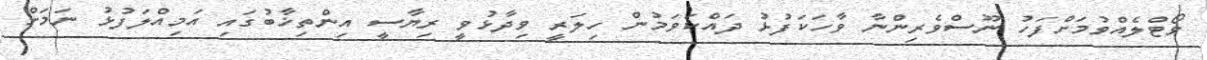
ވޯޓްލެއްވުމަށްފަހު ނޫސްވެރިންނާ ވާހަކަފުޅު ދައްކަވަމުން ހިލަރީ ވިދާޅުވީ ރިޔާސީ އިންތިޚާބުގައި އަމިއްލަފުޅު ނަމަށް